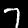
Digit: 7